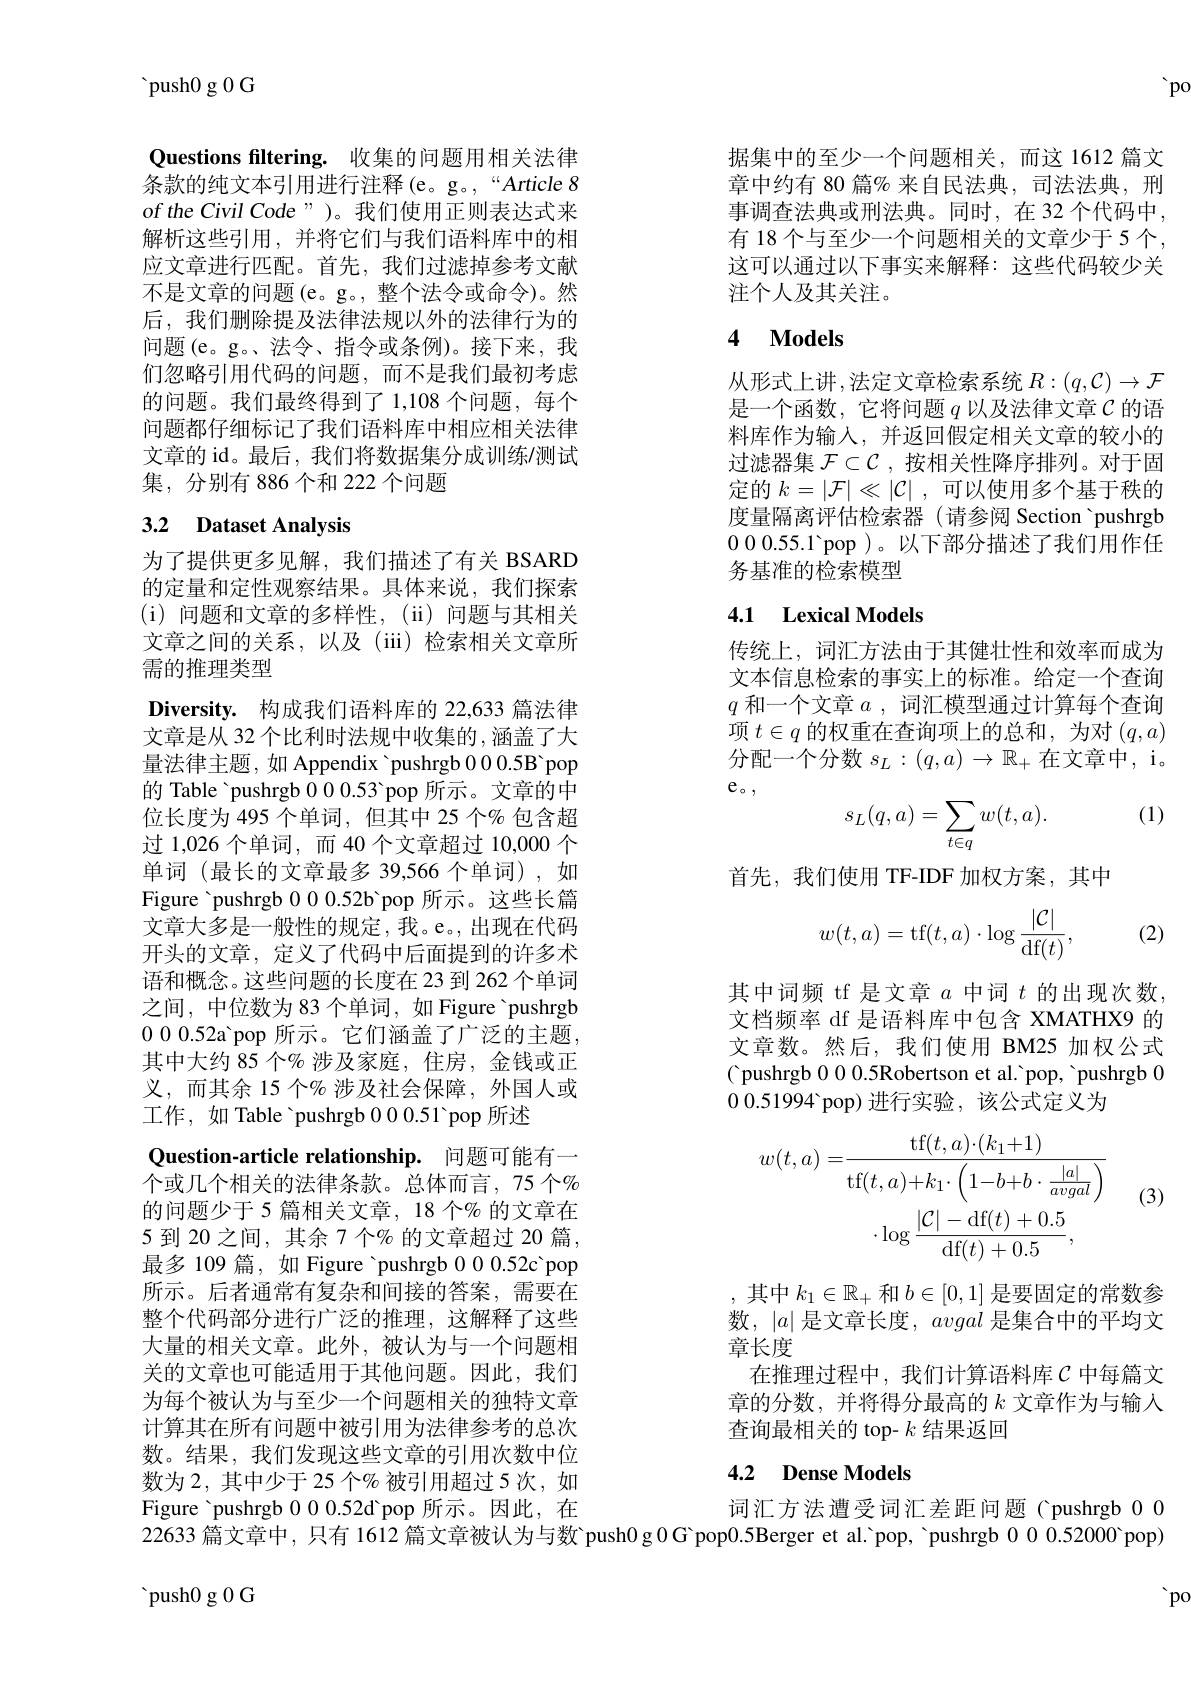
'po

${\mathrm{~push0~g~0~G}}$

Questions filtering. 收集的问题用相关法律条款的纯文本引用进行注释(e。g。,“Article 8 of the Civil Code")。我们使用正则表达式来解析这些引用，并将它们与我们语料库中的相应文章进行匹配。首先，我们过滤掉参考文献不是文章的问题(e。g。, 整个法令或命令)。然后，我们删除提及法律法规以外的法律行为的问题(e。g。法令、指令或条例)。接下来，我们忽略引用代码的问题，而不是我们最初考虑的问题。我们最终得到了 1,108 个问题，每个问题都仔细标记了我们语料库中相应相关法律文章的 id。最后，我们将数据集分成训练/测试集，分别有 886 个和 222 个问题

## 3.2 Dataset Analysis

为了提供更多见解，我们描述了有关 BSARD 的定量和定性观察结果。具体来说，我们探索(i)问题和文章的多样性，(ii)问题与其相关文章之间的关系，以及(iii)检索相关文章所需的推理类型
Diversity. 构成我们语料库的 22,633 篇法律文章是从 32 个比利时法规中收集的，涵盖了大量法律主题，如 Appendix 'pushrgb 00.5B pop 的 Table 'pushrgb 000.53 pop 所示。文章的中位长度为 495 个单词，但其中 25 个% 包含超过 1,026 个单词，而 40 个文章超过 10,000 个单词(最长的文章最多 39,566 个单词),如Figure 'pushrgb 000.52b'pop 所示。这些长篇文章大多是一般性的规定，我。e。,出现在代码开头的文章，定义了代码中后面提到的许多术语和概念。这些问题的长度在 23 到 262 个单词之间，中位数为 83 个单词，如 Figure 'pushrgb 000.52a'pop 所示。它们涵盖了广泛的主题， 其中大约 85 个% 涉及家庭，住房，金钱或正义，而其余 15 个% 涉及社会保障，外国人或工作，如 Table 'pushrgb 00.0.51 pop 所述
Question-article relationship. 问题可能有一个或几个相关的法律条款。总体而言，75 个$\%$ 的问题少于 5 篇相关文章，18 个% 的文章在5 到 20 之间，其余 7 个% 的文章超过 20 篇， 最多 109 篇，如 Figure 'pushrgb 00.52c'pop 所示。后者通常有复杂和间接的答案，需要在整个代码部分进行广泛的推理，这解释了这些大量的相关文章。此外，被认为与一个问题相关的文章也可能适用于其他问题。因此，我们为每个被认为与至少一个问题相关的独特文章计算其在所有问题中被引用为法律参考的总次数。结果，我们发现这些文章的引用次数中位数为 2, 其中少于 25 个% 被引用超过 5 次，如Figure 'pushrgb 000.52d'pop 所示。因此，在22633 篇文章中，只有 1612 篇文章被认为与数 push0 g 0 G pop0.5Berger et al.'pop, 'pushrgb 0.0.52000 pop)

 push0 g 0 G

据集中的至少一个问题相关，而这 1612 篇文章中约有 80 篇% 来自民法典，司法法典，刑事调查法典或刑法典。同时，在 32 个代码中， 有 18 个与至少一个问题相关的文章少于 5 个， 这可以通过以下事实来解释：这些代码较少关注个人及其关注。

# 4 Models

从形式上讲，法定文章检索系统$R:(q,\mathcal{C})\to\mathcal{F}$ 是一个函数，它将问题$q$以及法律文章$\mathcal{C}$的语料库作为输入，并返回假定相关文章的较小的过滤器集$\mathcal{F}\subset\mathcal{C}$,按相关性降序排列。对于固定的$k= | \mathcal{F} | \ll | \mathcal{C} |$ ,可以使用多个基于秩的度量隔离评估检索器 (请参阅 Section 'pushrgb 000.55.1'pop )。以下部分描述了我们用作任务基准的检索模型

## 4.1 Lexical Models

传统上，词汇方法由于其健壮性和效率而成为文本信息检索的事实上的标准。给定一个查询$q$和一个文章$a$,词汇模型通过计算每个查询项$t\in q$的权重在查询项上的总和，为对$(q,a)$ 分配一个分数 $s_L:(q,a)\to\mathbb{R}_+$在文章中，i。$e_{\circ}$,

(1)
$$s_L(q,a)=\sum_{t\in q}w(t,a).$$
首先，我们使用 TF-IDF 加权方案，其中
$$w(t,a)=\mathrm{tf}(t,a)\cdot\log\frac{|\mathcal{C}|}{\mathrm{df}(t)},$$
(2)

其中词频 tf 是文章$a$中词$t$的出现次数， 文档频率 df 是语料库中包含 XMATHX9 的文章数。然后，我们使用 BM25 加权公式( pushrgb 00.5Robertson et al.'pop, 'pushrgb 00.0.51994 pop)进行实验，该公式定义为
$$\begin{aligned}w(t,a)=&\frac{\mathrm{tf}(t,a)\cdot(k_{1}+1)}{\mathrm{tf}(t,a)+k_{1}\cdot\left(1-b+b\cdot\frac{|a|}{avgal}\right)}\\&\cdot\log\frac{|C|-\mathrm{df}(t)+0.5}{\mathrm{df}(t)+0.5},\end{aligned}$$
(3)

,其中$k_1\in\mathbb{R}_+$和$b\in[0,1]$是要固定的常数参数，$|a|$是文章长度，avgal是集合中的平均文章长度
在推理过程中，我们计算语料库$\mathcal{C}$ 中每篇文章的分数，并将得分最高的$k$文章作为与输入查询最相关的 top- $k$结果返回

## 4.2 Dense Models

词汇方法遭受词汇差距问题(pushrgb 0 0

'po